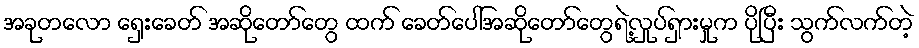
အခုတလော ရှေးခေတ် အဆိုတော်တွေ ထက် ခေတ်ပေါ်အဆိုတော်တွေရဲ့လှုပ်ရှားမှုက ပိုပြီး သွက်လက်တဲ့